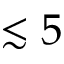
\lesssim 5